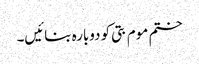
ختم موم بتی کو دوبارہ بنائیں۔